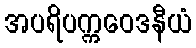
အပရိပက္ကဝေဒနီယံ